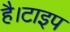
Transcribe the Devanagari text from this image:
है।टाइप